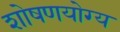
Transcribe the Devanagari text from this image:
शोषणयोग्य